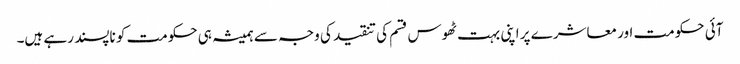
آئی حکومت اور معاشرے پر اپنی بہت ٹھوس قسم کی تنقید کی وجہ سے ہمیشہ ہی حکومت کو ناپسند رہے ہیں۔